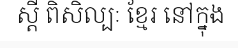
ស្តី ពិសិល្បៈ ខ្មែរ នៅក្នុង